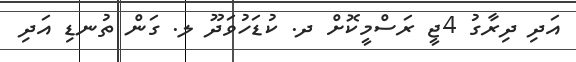
އަދި ދިރާގު 4ޖީ ރަސްމީކޮށް ދ. ކުޑަހުވަދޫ ލ. ގަން ތުނޑި އަދި